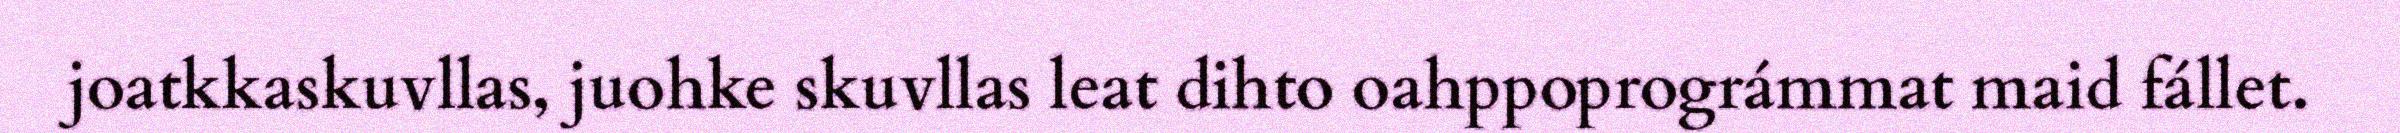
joatkkaskuvllas, juohke skuvllas leat dihto oahppoprográmmat maid fállet.